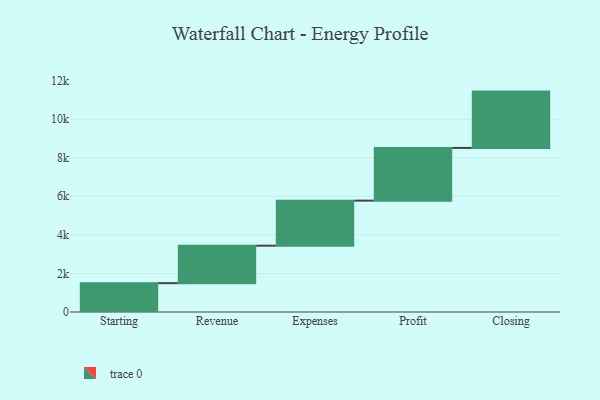
{"axis": {"x": "Step", "y": "Value"}, "legend": [""], "data": [{"x": "Starting", "y": 1495.0, "type": ""}, {"x": "Revenue", "y": 1943.0, "type": ""}, {"x": "Expenses", "y": 2335.0, "type": ""}, {"x": "Profit", "y": 2732.0, "type": ""}, {"x": "Closing", "y": 2920.0, "type": ""}]}